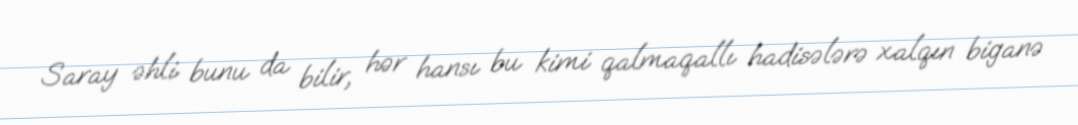
Saray əhli bunu da bilir, hər hansı bu kimi qalmaqallı hadisələrə xalqın biganə